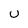
Character: U